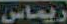
ريماس